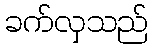
ခက်လှသည်